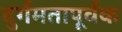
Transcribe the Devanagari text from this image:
दुर्गमतापूर्वक